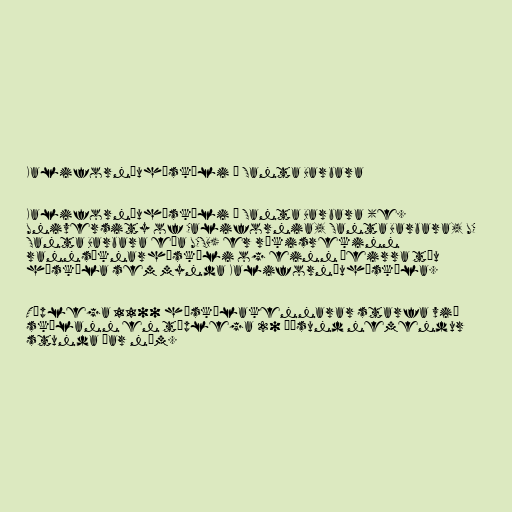
Kaliforníuháskóli í Santa Barbara

Kaliforníuháskóli í Santa Barbara (e.
University of California, Santa Barbara, UC
Santa Barbara eða UCSB) er ríkisrekinn
rannsóknarháskóli og einn þeirra tíu
háskóla sem mynda Kaliforníuháskóla.

Tæplega 1100 háskólakennarar starfa við
skólann en tæplega 20 þúsund nemendur
stunda þar nám.